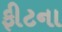
ફીટના